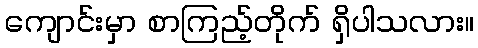
ကျောင်းမှာ စာကြည့်တိုက် ရှိပါသလား။